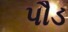
પૌડ